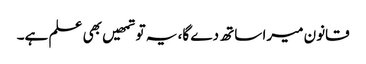
قانون میرا ساتھ دے گا، یہ تو تمھیں بھی علم ہے۔